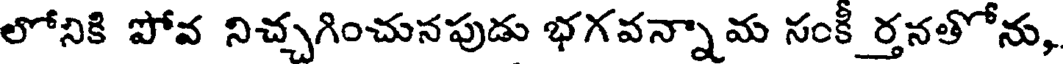
లోనికి పోవ నిచ్చగించునపుడు భగవన్నామ సంకీ ర్తనతోను,